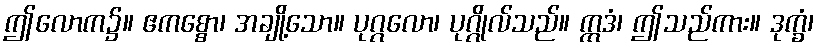
ဤလောက၌။ ဧကစ္စော၊ အချို့သော။ ပုဂ္ဂလော၊ ပုဂ္ဂိုလ်သည်။ ဣဒံ၊ ဤသည်ကား။ ဒုက္ခံ၊